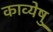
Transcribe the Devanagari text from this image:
काव्येषु